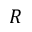
R